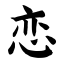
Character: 恋